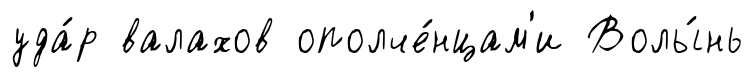
уда́р валахов ополче́нцам'и Волы́нь